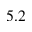
5 . 2